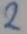
Text: 2